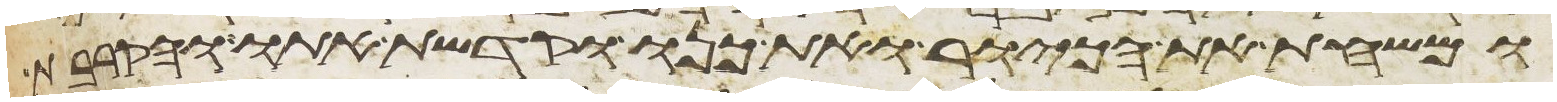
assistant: ומשחת את הכיור ואת כנו וקדשת אתו והקרבת